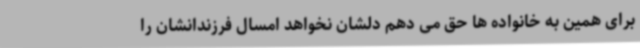
برای همین به خانواده ها حق می دهم دلشان نخواهد امسال فرزندانشان را